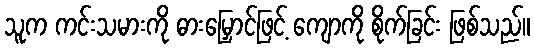
သူက ကင်းသမားကို ဓားမြှောင်ဖြင့် ကျောကို စိုက်ခြင်း ဖြစ်သည်။